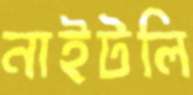
নাইটলি